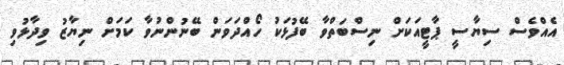
އެއްވެސް ސިޔާސީ ޕާޓީއަކަށް ނިސްބަތްވާ ބޭފުޅަކު ހޯއްދަވަން ބޭނުންނުވާ ކަމަށް ނިޔާޒު ވިދާޅުވި